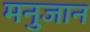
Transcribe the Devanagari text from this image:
मनुजान